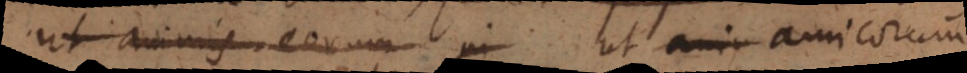
ut animis eorum in ut amic amicorum